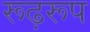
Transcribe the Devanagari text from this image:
रूढ़रूप